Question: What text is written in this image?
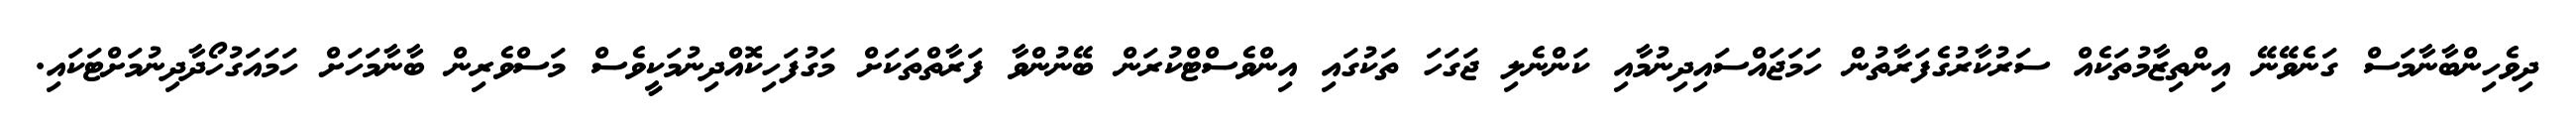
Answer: ދިވެހިންބާނާމަސް ގަނެވޭނޭ އިންތިޒާމުތަކެއް ސަރުކާރުގެފަރާތުން ހަމަޖައްސައިދިނުމާއި ކަންނެލި ޖަގަހަ ތަކުގައި އިންވެސްޓްކުރަން ބޭނުންވާ ފަރާތްތަކަށް މަގުފަހިކޮއްދިނުމަކީވެސް މަސްވެރިން ބާނާމަހަށް ހަމައަގުހޯދާދިނުމަށްޓަކައި.